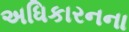
અધિકારનના